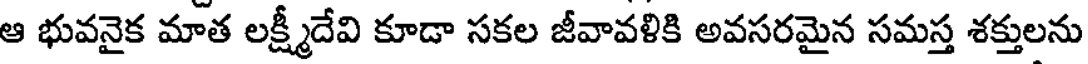
ఆ భువనైక మాత లక్ష్మీదేవి కూడా సకల జీవావళికి అవసరమైన సమస్త శక్తులను